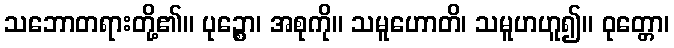
သဘောတရားတို့၏။ ပုဉ္စော၊ အစုကို။ သမူဟောတိ၊ သမူဟဟူ၍။ ဝုတ္တော၊